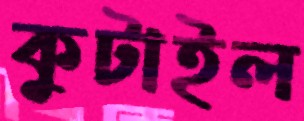
কুটাইল